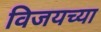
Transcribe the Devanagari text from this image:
विजयच्या